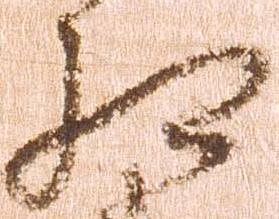
相